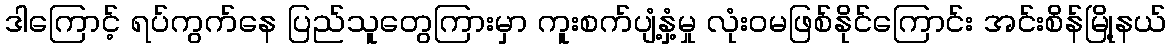
ဒါကြောင့် ရပ်ကွက်နေ ပြည်သူတွေကြားမှာ ကူးစက်ပျံ့နှံ့မှု လုံးဝမဖြစ်နိုင်ကြောင်း အင်းစိန်မြို့နယ်